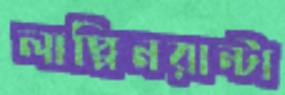
লাপ্পিনরান্টা